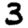
Digit: 3